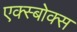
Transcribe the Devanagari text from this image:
एक्स्बोक्स